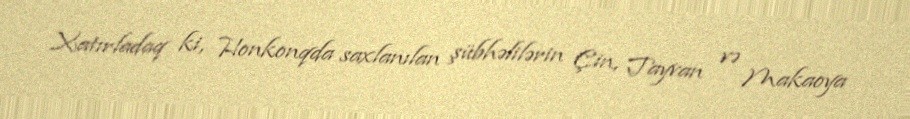
Xatırladaq ki, Honkonqda saxlanılan şübhəlilərin Çin, Tayvan və Makaoya